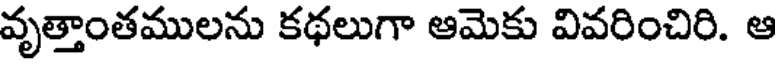
వృత్తాంతములను కథలుగా ఆమెకు వివరించిరి. ఆ